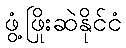
ဖွံ့ဖြိုးဆဲနိုင်ငံ